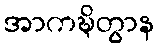
အာကဍ္ဎိတွာန